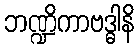
ဘဏ္ဍိကာဗဒ္ဓါနိ